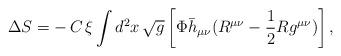
LaTeX: \begin{align*}\Delta S= -\, C \, \xi \int d^2x \, \sqrt{g} \left[\Phi \bar{h}_{\mu\nu} (R^{\mu\nu}-\frac{1}{2} R g^{\mu\nu})\right],\end{align*}